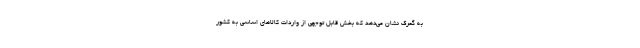
به گمرک نشان می‌دهد که بخش قابل توجهی از واردات کالاهای اساسی به کشور